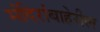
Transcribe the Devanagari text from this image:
मंदिरांबाहेरील